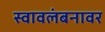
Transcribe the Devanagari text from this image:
स्वावलंबनावर